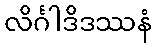
လိင်္ဂါဒိဒဿနံ